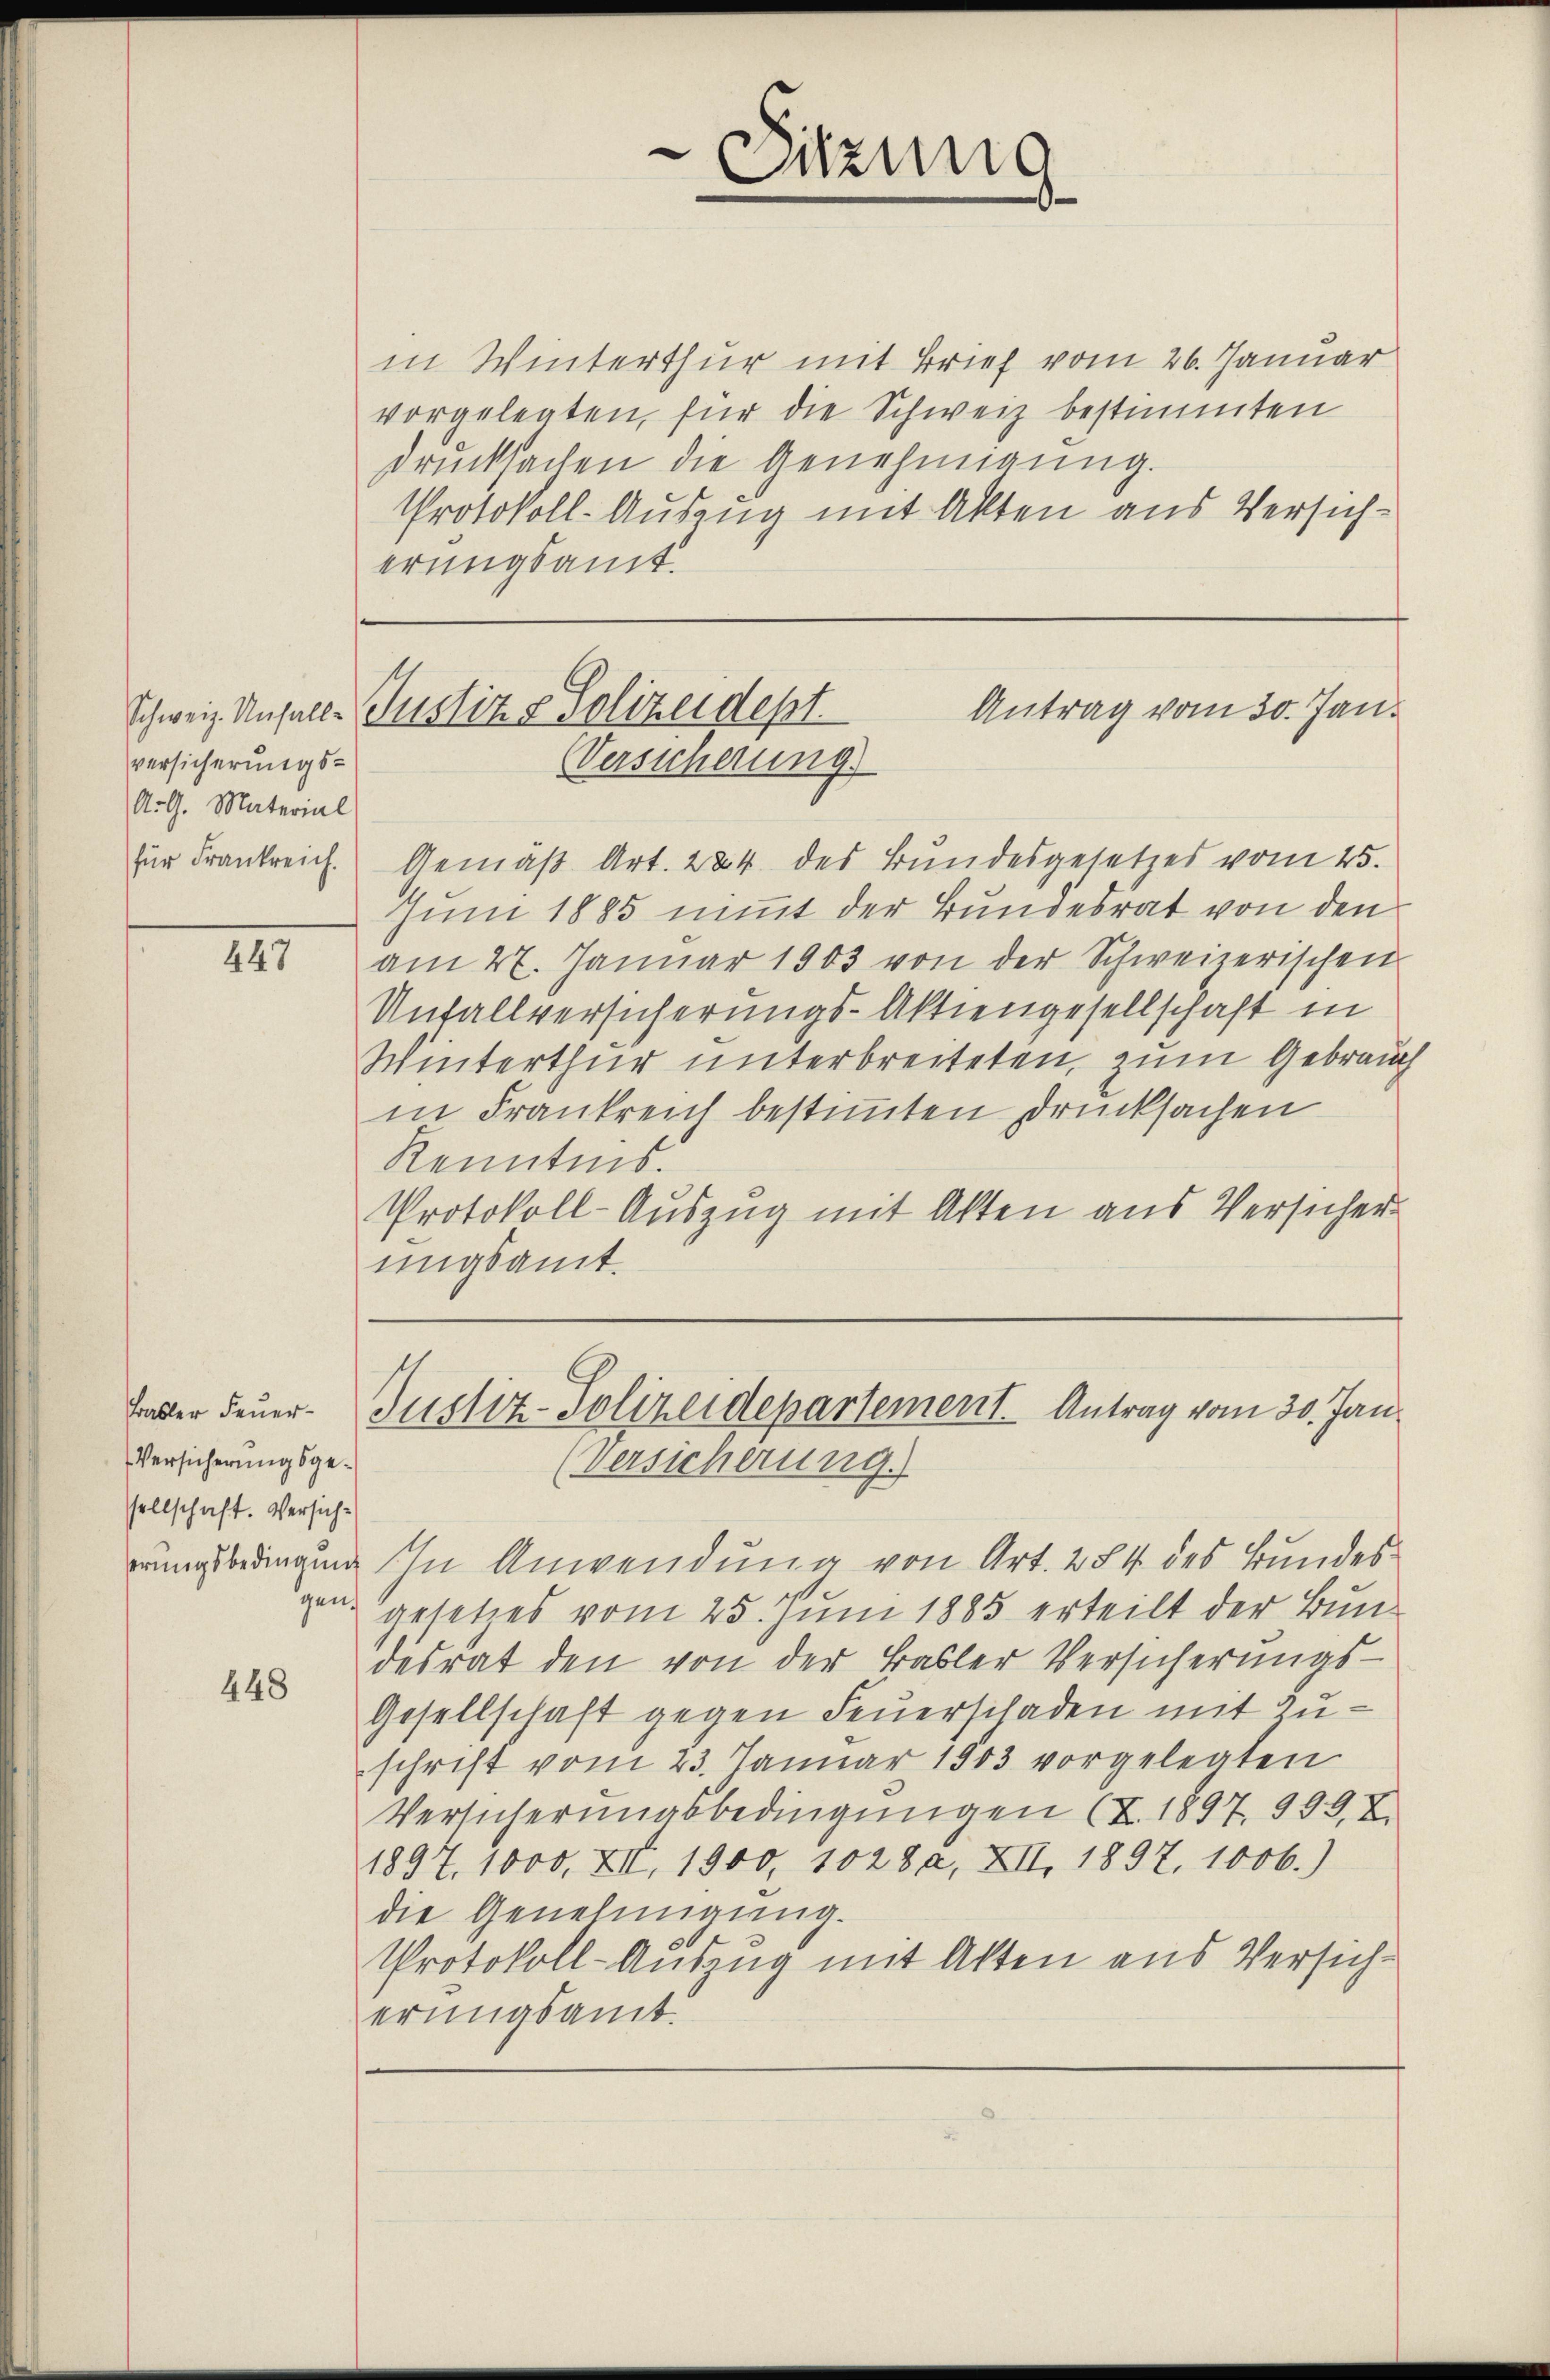
versicherungs¬
Art. Material

III

Basler Feuer¬
Versicherungsgesellschaft. Versich¬

448

in Winterthur mit Brief vom 26. Januar
vorgelegten, für die Schweiz bestimmten
drucksachen die Genehmigung.
Protokoll-Auszug mit Akten aus Versicherungsamt.

für Frankreich. Gemäß Art. 224 des Bundesgesetzes vom 25.
Juni 1885 nimmt der Bundesrat von den
am 27. Januar 1903 von der Schweizerischen
Unfallversicherungs-Aktiengesellschaft in
Winterthur unterbreiteten, zum Gebrauch
in Frankreich bestimmten Drucksachen
Kenntnis.
Protokoll-Auszug mit Akten aus Versicher
ungsamt.

rungsbedingung in Anwendung von Art. 284 des Bundes
gen gesetzes vom 25. Juni 1885 erteilt der Bundesrat den von der Basler Versicherungs-
Gesellschaft gegen Feuerschaden mit Zuschrift vom 23. Januar 1803 vorgelegten
Versicherŭngsbedingŭngen (Z. 1897. 999. X.
1897. 1000. XII, 1900, 1028, XII. 1897. 1006.)
die Genehmigung.
Protokoll-Auszug mit Akten aus Versicherungsamt.

Sitzung

Antrag vom 30. Jan.
Schweiz. Unfalle Justiz & Polizeidept.
(Versicherung

Justiz-Polizeidepartement. Antrag vom 30. Jan.
versicherung.)